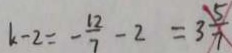
k - 2 = - \frac { 1 2 } { 7 } - 2 = 3 \frac { 5 } { 7 }